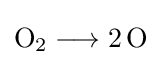
{\mathrm {O} {\vphantom {A}}_{\smash[{t}]{2}}{}\mathrel {\longrightarrow } {}2\,\mathrm {O} }